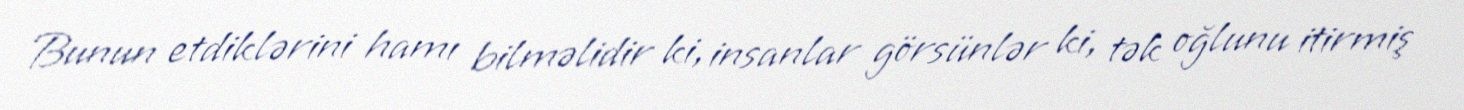
Bunun etdiklərini hamı bilməlidir ki, insanlar görsünlər ki, tək oğlunu itirmiş